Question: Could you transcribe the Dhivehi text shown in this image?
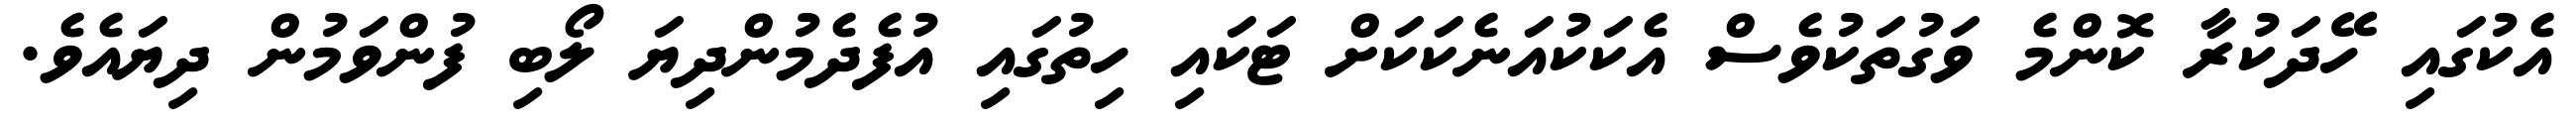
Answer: އެކުގައި ހޭދަކުރާ ކޮންމެ ވަގުތަކުވެސް އެކަކުއަނެކަކަށް ޓަކައި ހިތުގައި އުފެދެމުންދިޔަ ލޯބި ފުންވަމުން ދިޔައެވެ.